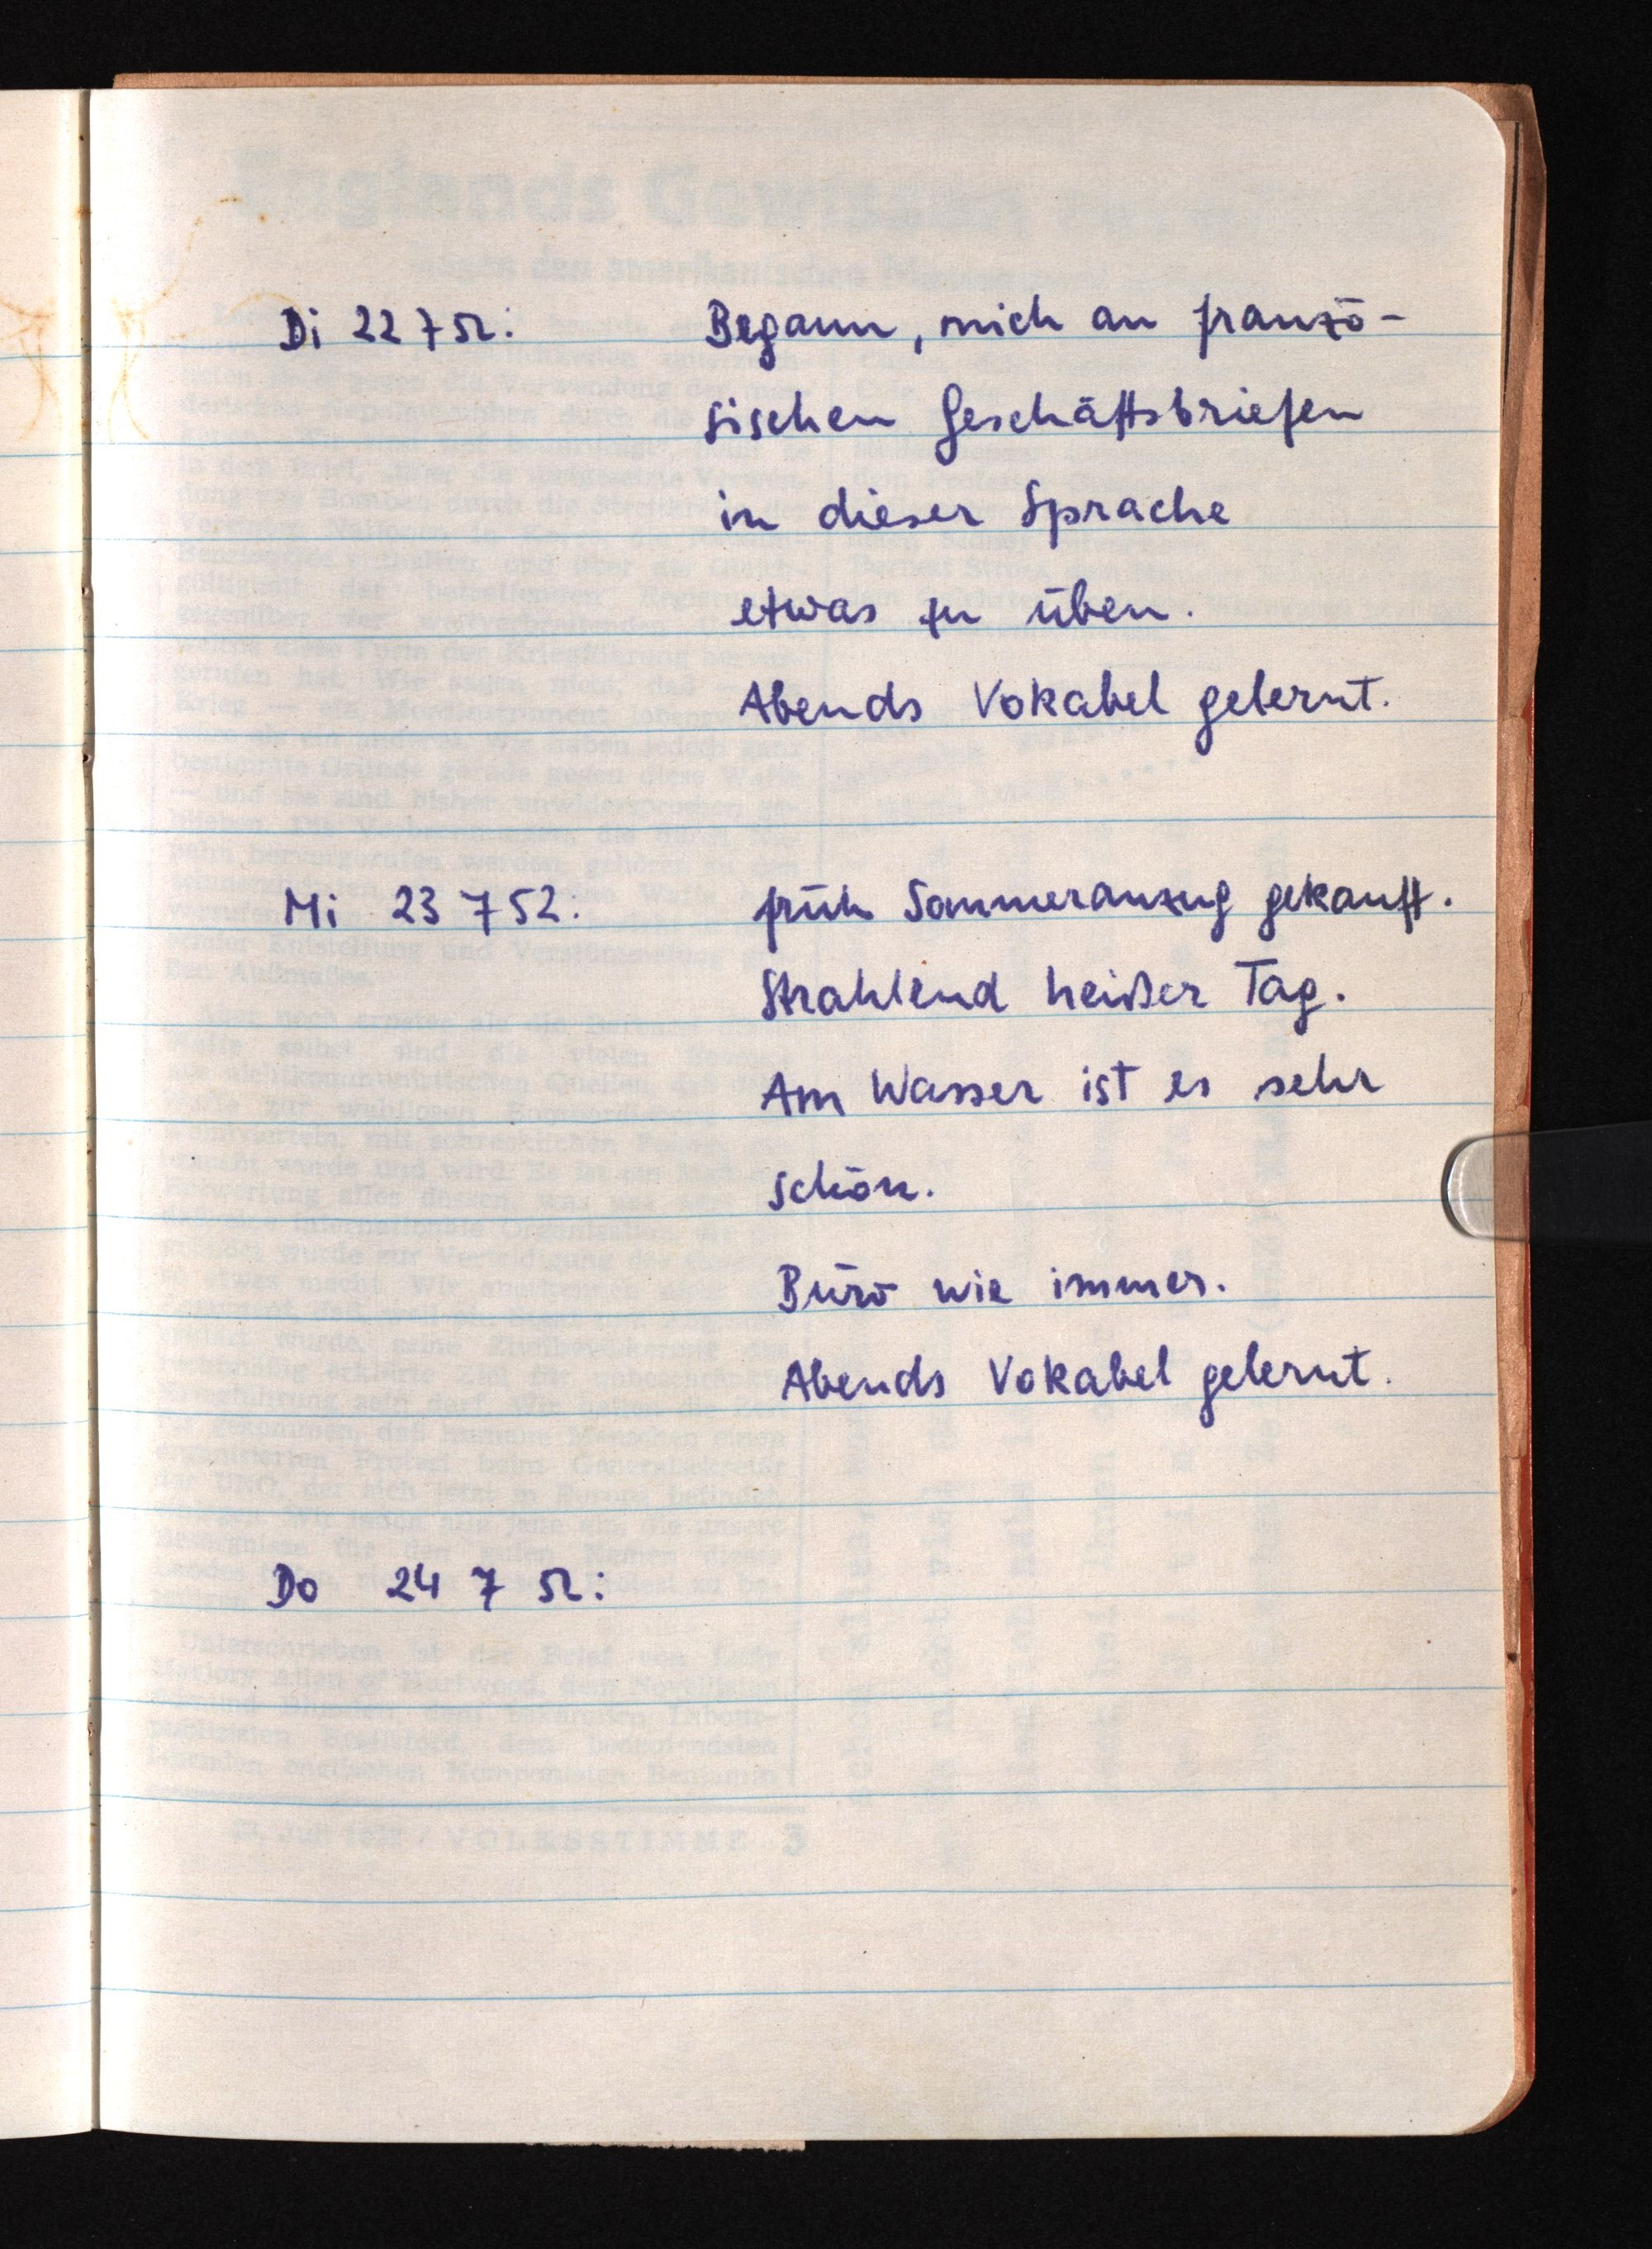
Di 22 7 52: Begann, mich an franzö¬
sischen Geschäftsbriefen
in dieser Sprache
etwas zu üben.
Abends Vokabel gelernt.
Mi 23 7 52: früh Sommeranzug gekauft.
Strahlend heißer Tag.
Am Wasser ist es sehr
schön.
Büro wie immer.
Abends Vokabel gelernt.
Do 24 7 52: